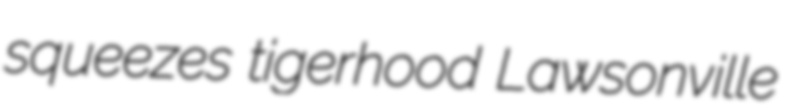
squeezes tigerhood Lawsonville